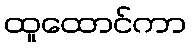
ထူထောင်ကာ